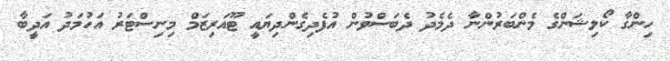
ހިންގާ ކޯލިޝަންގެ މެންބަރުންނާ ދެމެދު ދެބަސްވުން އުފެދިގެންދިޔައީ ޓޫއަރިޒަމް މިނިސްޓަރު އަހުމަދު އަދީބާ